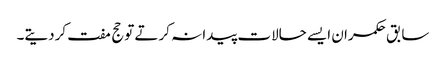
سابق حکمران ایسے حالات پیدا نہ کرتے توحج مفت کردیتے۔